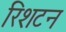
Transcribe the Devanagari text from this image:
रिशटन